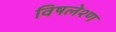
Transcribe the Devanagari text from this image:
विषलेश्ण